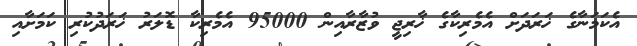
އެކަމަނާގެ ޚަރަދަށް އެމެރިކާގެ ޚާރިޖީ ވުޒާރާއިން 95000 އެމެރިކާ ޑޮލަރު ޚަރަދުކުރި ކަމަށާއި